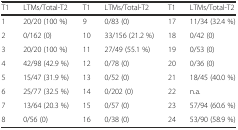
<table><thead><tr><td><b>T1</b></td><td><b>LTMs/Total-T2</b></td><td><b>T1</b></td><td><b>LTMs/Total-T2</b></td><td><b>T1</b></td><td><b>LTMs/Total-T2</b></td></tr></thead><tbody><tr><td>1</td><td>20/20 (100 %)</td><td>9</td><td>0/83 (0)</td><td>17</td><td>11/34 (32.4 %)</td></tr><tr><td>2</td><td>0/162 (0)</td><td>10</td><td>33/156 (21.2 %)</td><td>18</td><td>0/42 (0)</td></tr><tr><td>3</td><td>20/20 (100 %)</td><td>11</td><td>27/49 (55.1 %)</td><td>19</td><td>0/53 (0)</td></tr><tr><td>4</td><td>42/98 (42.9 %)</td><td>12</td><td>0/78 (0)</td><td>20</td><td>0/36 (0)</td></tr><tr><td>5</td><td>15/47 (31.9 %)</td><td>13</td><td>0/52 (0)</td><td>21</td><td>18/45 (40.0 %)</td></tr><tr><td>6</td><td>25/77 (32.5 %)</td><td>14</td><td>0/202 (0)</td><td>22</td><td>n.a.</td></tr><tr><td>7</td><td>13/64 (20.3 %)</td><td>15</td><td>0/57 (0)</td><td>23</td><td>57/94 (60.6 %)</td></tr><tr><td>8</td><td>0/56 (0)</td><td>16</td><td>0/38 (0)</td><td>24</td><td>53/90 (58.9 %)</td></tr></tbody></table>